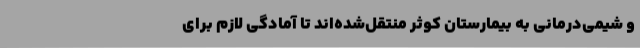
و شیمی‌درمانی به بیمارستان کوثر منتقل‌شده‌اند تا آمادگی لازم برای